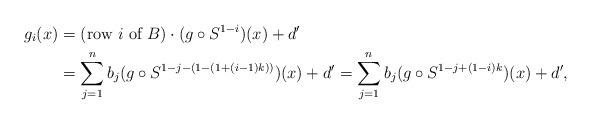
LaTeX: \begin{align*}g_i(x) &= (\textup{row $i$ of $B$}) \cdot (g\circ S^{1-i})(x)+d' \\&= \sum_{j=1}^n b_j(g\circ S^{1-j-(1-(1+(i-1)k))})(x) +d'=\sum_{j=1}^n b_j(g\circ S^{1-j+(1-i)k})(x) +d',\end{align*}